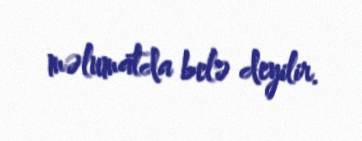
məlumatda belə deyilir.